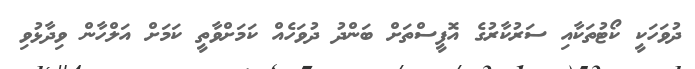
ދުވަހަކީ ކޯޓުތަކާއި ސަރުކާރުގެ އޮފީސްތަށް ބަންދު ދުވަހެއް ކަމަށްވާތީ ކަމަށް އަލްހާން ވިދާޅުވި